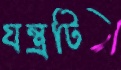
যন্ত্রটি